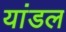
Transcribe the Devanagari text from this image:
यांडल